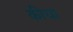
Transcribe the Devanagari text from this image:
कीधा